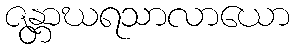
ဇန္တာဃရသာလာယော